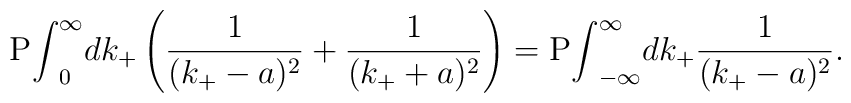
{\rm P}{\int}^{\infty}_0dk_+ \left( \frac{1}{(k_+-a)^2}+\frac{1}{(k_++a)^2} \right)={\rm P}{\int}^{\infty}_{-\infty}dk_+\frac{1}{(k_+-a)^2}.